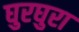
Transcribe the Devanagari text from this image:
घुरघुरा